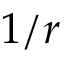
1 / r